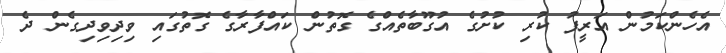
އެހެންކަމުން އަރީފު ކުރި ކުށުގެ އުގޫބާތެއްގެ ގޮތުން ކައްފާރާގެ ގޮތުގައި ވިދިވިދިގެން ދެ